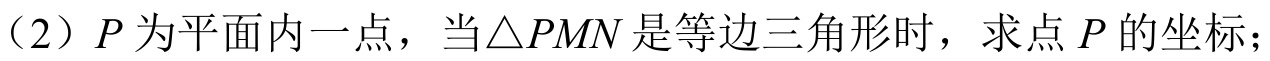
（2）\(P\) 为平面内一点，当\(\triangle PMN\) 是等边三角形时，求点 \(P\) 的坐标；